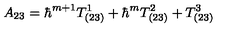
A _ { 2 3 } = \hbar ^ { m + 1 } T _ { ( 2 3 ) } ^ { 1 } + \hbar ^ { m } T _ { ( 2 3 ) } ^ { 2 } + T _ { ( 2 3 ) } ^ { 3 }